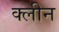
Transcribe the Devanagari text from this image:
क्‍लीन